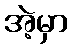
အဲ့မှာ